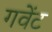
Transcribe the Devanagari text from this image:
गवेंट